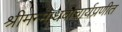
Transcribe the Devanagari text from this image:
श्रीमन्माधवाचार्यप्रणीत